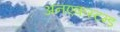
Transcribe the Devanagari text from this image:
अनएकस्टम्ड